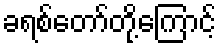
ခရစ်တော်တို့ကြောင့်